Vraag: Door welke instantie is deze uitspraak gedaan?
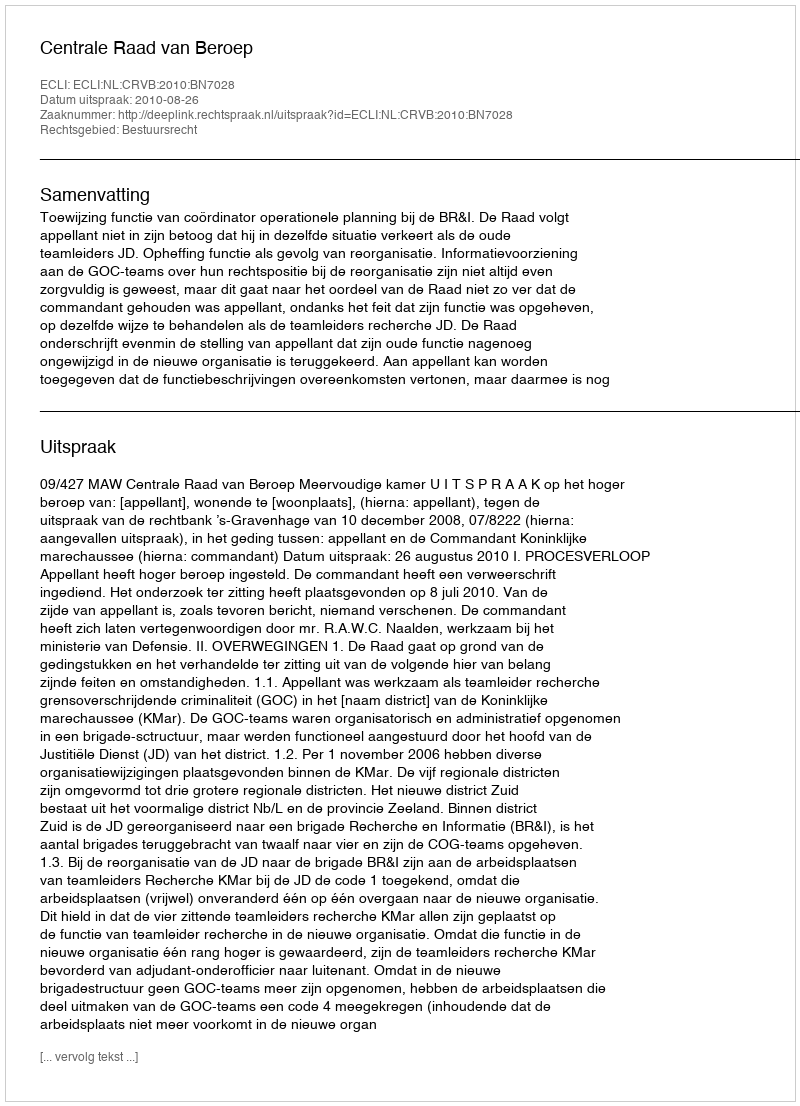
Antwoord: Centrale Raad van Beroep